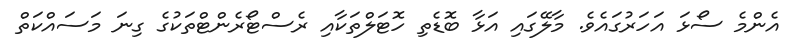
އެންމެ ސޯޅަ އަހަރުގައެވެ. މާލޭގައި އަޅާ ބޮޑެތި ހޮޓަލްތަކާއި ރެސްޓޯރެންޓްތަކުގެ ގިނަ މަސައްކަތް